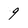
Character: 9